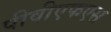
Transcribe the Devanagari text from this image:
पीवीएफएस